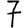
Digit: 7